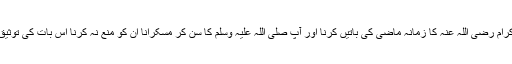
اور صحابہ کرام رضی اللہ عنہ کا زمانہ ماضی کی باتیں کرنا اور آپ صلی اللہ علیہ وسلم کا سن کر مسکرانا ان کو منع نہ کرنا اس بات کی توثیق کررہا ہے ۔